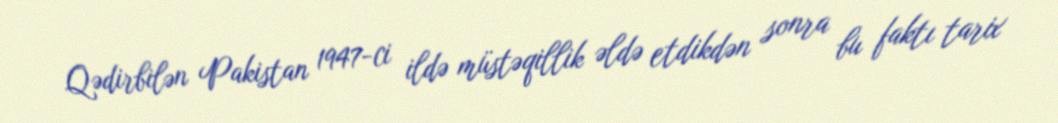
Qədirbilən Pakistan 1947-ci ildə müstəqillik əldə etdikdən sonra bu faktı tarix